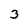
Character: 3